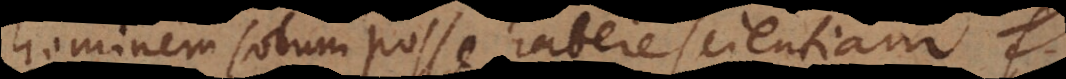
hominem solum posse habere scientiam.